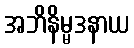
အဘိနိမ္မဒနာယ